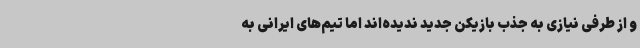
و از طرفی نیازی به جذب بازیکن جدید ندیده‌اند اما تیم‌های ایرانی به